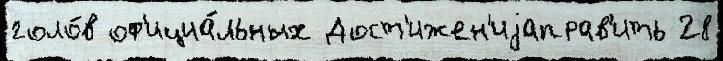
голо́в оф'ициа́льных Дост'ижен'иjаправ'ить 28